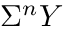
\Sigma ^ { n } Y